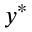
y ^ { * }